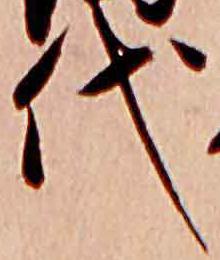
代